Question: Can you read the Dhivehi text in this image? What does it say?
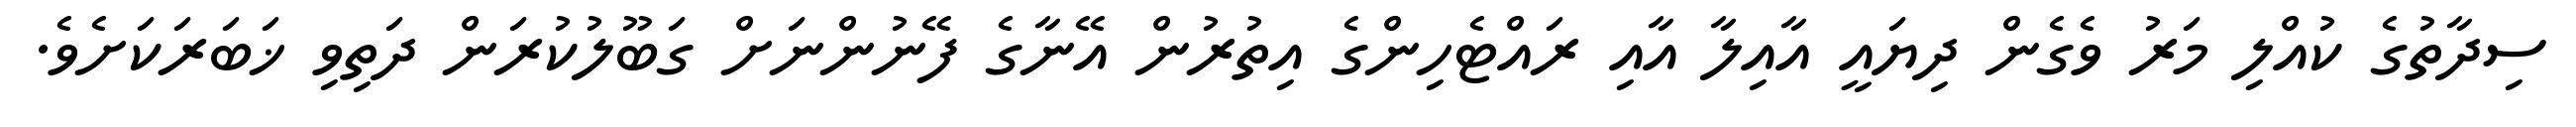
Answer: ސިދާތުގެ ކުއްލި މަރު ވެގެން ދިޔައީ އާއިލާ އާއި ރައްޓެހިންގެ އިތުރުން އޭނާގެ ފޭނުންނަށް ގަބޫލުކުރަން ދަތިވި ޚަބަރަކަށެވެ.